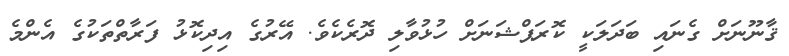
ޤާނޫނަށް ގެނައި ބަދަލަކީ ކޮރަޕްޝަނަށް ހުޅުވާލި ދޮރެކެވެ. އޭރުގެ އިދިކޮޅު ފަރާތްތަކުގެ އެންމެ